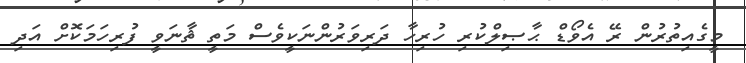
މީގެއިތުރުން ރޭ އެވޯޑް ޙާޞިލްކުރި ހުރިހާ ދަރިވަރުންނަކީވެސް މަތީ ޘާނަވީ ފުރިހަމަކޮށް އަދި